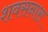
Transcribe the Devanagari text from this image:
शवसनास